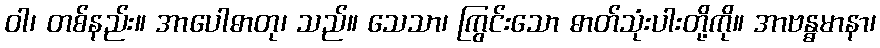
ဝါ၊ တစ်နည်း။ အာပေါဓာတု၊ သည်။ သေသာ၊ ကြွင်းသော ဓာတ်သုံးပါးတို့ကို။ အာဗန္ဓမာနာ၊